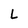
Character: L